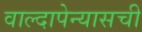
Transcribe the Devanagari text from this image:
वाल्दापेन्यासची